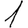
Digit: 1